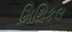
મિથિકલ